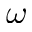
\omega